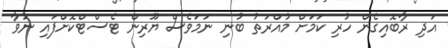
އަދި ރާބޮއިގެން ހުރި ކަމަށް މުއްރަތު ބުނި ނަމަވެސް ޔޫރިން ޓެސްޓްކޮށްފައި ނުވާ